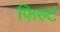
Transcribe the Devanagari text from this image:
फिस्र्ट